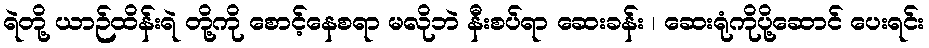
ရဲတို့ ယာဉ်ထိန်းရဲ တို့ကို စောင့်နေစရာ မလိုဘဲ နီးစပ်ရာ ဆေးခန်း ၊ ဆေးရုံကိုပို့ဆောင် ပေးရင်း